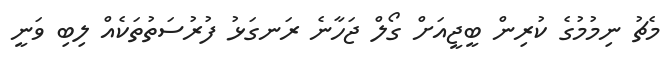
މެޗު ނިމުމުގެ ކުރިން ބީޖީއަށް ގޯލް ޖަހާނެ ރަނގަޅު ފުރުސަތުތަކެއް ލިބި ވަނީ